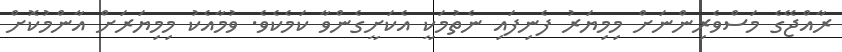
ރާއްޖޭގެ މަސްވެރިންނަށް މިމިޔަރު ފެނިފައި ނެތުމަކީ އެކަށީގެންވާ ކަމެކެވެ. ވުމާއެކު މިމިޔަރަށް އާންމުކޮށް